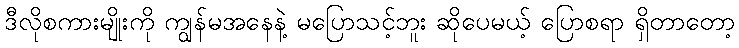
ဒီလိုစကားမျိုးကို ကျွန်မအနေနဲ့ မပြောသင့်ဘူး ဆိုပေမယ့် ပြောစရာ ရှိတာတော့